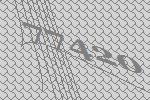
77420